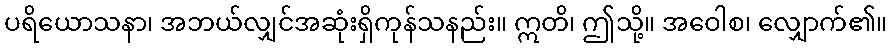
ပရိယောသနာ၊ အဘယ်လျှင်အဆုံးရှိကုန်သနည်း။ ဣတိ၊ ဤသို့။ အဝေါစ၊ လျှောက်၏။